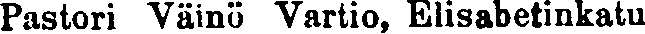
Pastori Väinö Vartio, Elisabetinkatu